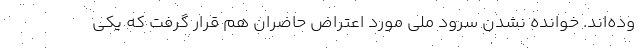
وده‌اند. خوانده نشدن سرود ملی مورد اعتراض حاضران هم قرار گرفت که یکی